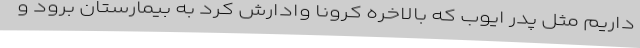
داریم مثل پدر ایوب که بالاخره کرونا وادارش کرد به بیمارستان برود و